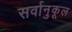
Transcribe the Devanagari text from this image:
सर्वानुकूल